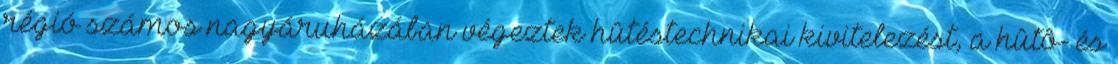
régió számos nagyáruházában végeztek hûtéstechnikai kivitelezést, a hûtô- és